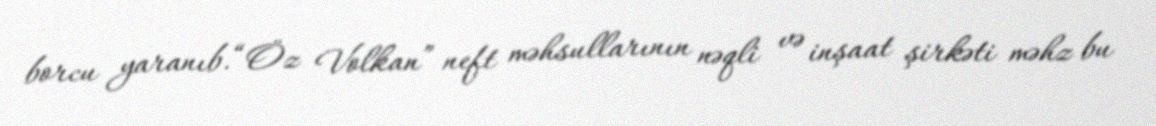
borcu yaranıb.“Öz Volkan” neft məhsullarının nəqli və inşaat şirkəti məhz bu